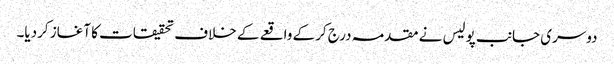
دوسری جانب پولیس نے مقدمہ درج کرکے واقعے کے خلاف تحقیقات کا آغاز کردیا۔